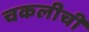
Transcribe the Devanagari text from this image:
चकलीची